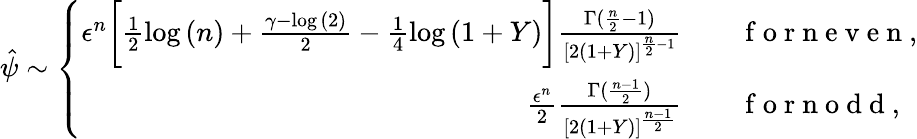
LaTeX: \hat{\psi}\sim\left\{ \begin{array}{rl}{\epsilon^{n}\bigg[\frac{1}{2}\log{(n)}+\frac{\gamma-\log{(2)}}{2}-\frac{1}{4}\log{(1+Y)}\bigg]\frac{\Gamma(\frac{n}{2}-1)}{[2(1+Y)]^{\frac{n}{2}-1}}}&{{}\quad\mathrm{~f~o~r~n~e~v~e~n~},}\\ {\frac{\epsilon^{n}}{2}\frac{\Gamma(\frac{n-1}{2})}{[2(1+Y)]^{\frac{n-1}{2}}}}&{{}\quad\mathrm{~f~o~r~n~o~d~d~},}\end{array}\right.